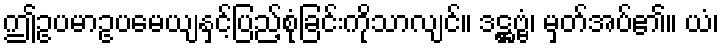
ဤဥပမာဥပမေယျနှင့်ပြည့်စုံခြင်းကိုသာလျင်။ ဒဋ္ဌဗ္ဗံ၊ မှတ်အပ်၏။ ယံ၊